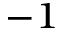
^ { - 1 }